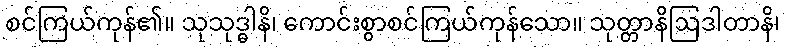
စင်ကြယ်ကုန်၏။ သုသုဒ္ဓါနိ၊ ကောင်းစွာစင်ကြယ်ကုန်သော။ သုတ္တာနိဩဒါတာနိ၊